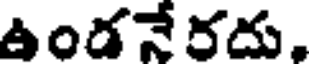
ఉండనేరదు,